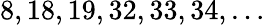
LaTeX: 8,18,19,32,33,34,\dots